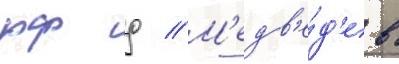
рф д // М'едв'е́д'ев